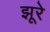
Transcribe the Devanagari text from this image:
झूरे